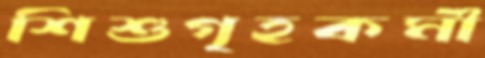
শিশুগৃহকর্মী